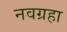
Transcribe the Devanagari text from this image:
नवग्रहा